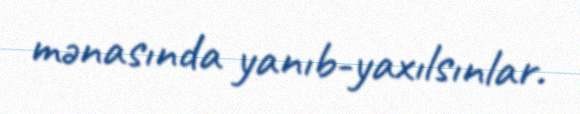
mənasında yanıb-yaxılsınlar.